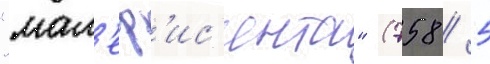
"мал'еф'ис'ента" (758 / 5